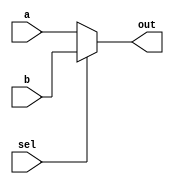
// This program was cloned from: https://github.com/Manistein/let-us-build-a-computer-system
// License: MIT License

`ifndef _h_mux16_
`define _h_mux16_

`timescale 1ns / 1ps
//////////////////////////////////////////////////////////////////////////////////
// Company: 
// Engineer: 
// 
// Design Name: 
// Module Name:    hMux16 
// Project Name: 
// Target Devices: 
// Tool versions: 
// Description: 
//
// Dependencies: 
//
// Revision: 
// Revision 0.01 - File Created
// Additional Comments: 
//
//////////////////////////////////////////////////////////////////////////////////
module hMux16(
    input [15:0] a,
    input [15:0] b,
    input sel,
    output [15:0] out
    );
	
	assign out = sel ? b : a;

endmodule

`endif